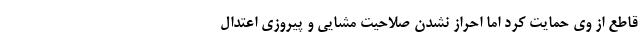
قاطع از وی حمایت کرد اما احراز نشدن صلاحیت مشایی و پیروزی اعتدال‌